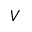
V